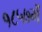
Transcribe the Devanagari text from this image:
१८५७में